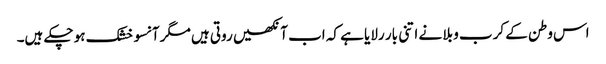
اس وطن کے کرب و بلا نے اتنی بار رلایا ہے کہ اب آنکھیں روتی ہیں مگر آنسو خشک ہو چکے ہیں۔